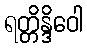
ရတ္တိန္ဒိဝေါ